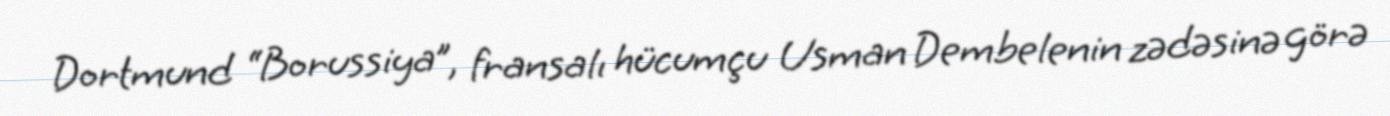
Dortmund “Borussiya”, fransalı hücumçu Usman Dembelenin zədəsinə görə